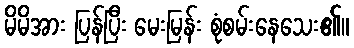
မိမိအား ပြန်ပြီး မေးမြန်း စုံစမ်းနေသေး၏။